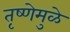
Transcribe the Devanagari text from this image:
तृष्णेमुळे